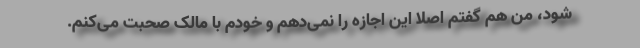
شود، من هم گفتم اصلاً این اجازه را نمی‌دهم و خودم با مالک صحبت می‌کنم.